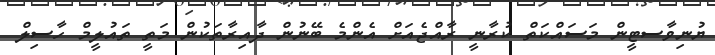
ޔުނިވާސޓީން މަސައްކަތް ކުރާނީ ރާއްޖެއަށް އެންމެ ބޭނުން ދާއިރާތަކުން މަތީ ތައުލީމް ހާސިލް